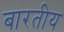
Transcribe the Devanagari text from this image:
बारतीय